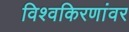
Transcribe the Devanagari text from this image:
विश्वकिरणांवर